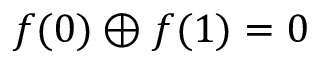
f ( 0 ) \oplus f ( 1 ) = 0